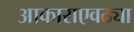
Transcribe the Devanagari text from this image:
आकाराएवढ्या